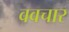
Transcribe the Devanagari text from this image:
ववचार